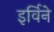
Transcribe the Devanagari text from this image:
इर्विने